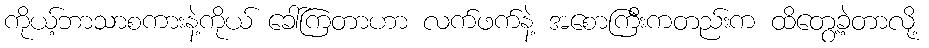
ကိုယ့်ဘာသာစကားနဲ့ကိုယ် ခေါ်ကြတာဟာ လက်ဖက်နဲ့ အစောကြီးကတည်းက ထိတွေ့ခဲ့တာလို့